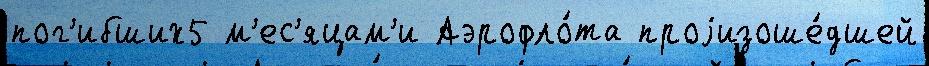
пог'ибших5 м'ес'яцам'и Аэрофло́та проjизоше́дшей